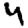
Digit: 4